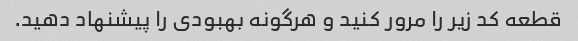
قطعه کد زیر را مرور کنید و هرگونه بهبودی را پیشنهاد دهید.